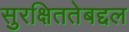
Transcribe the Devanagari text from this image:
सुरक्षिततेबद्दल